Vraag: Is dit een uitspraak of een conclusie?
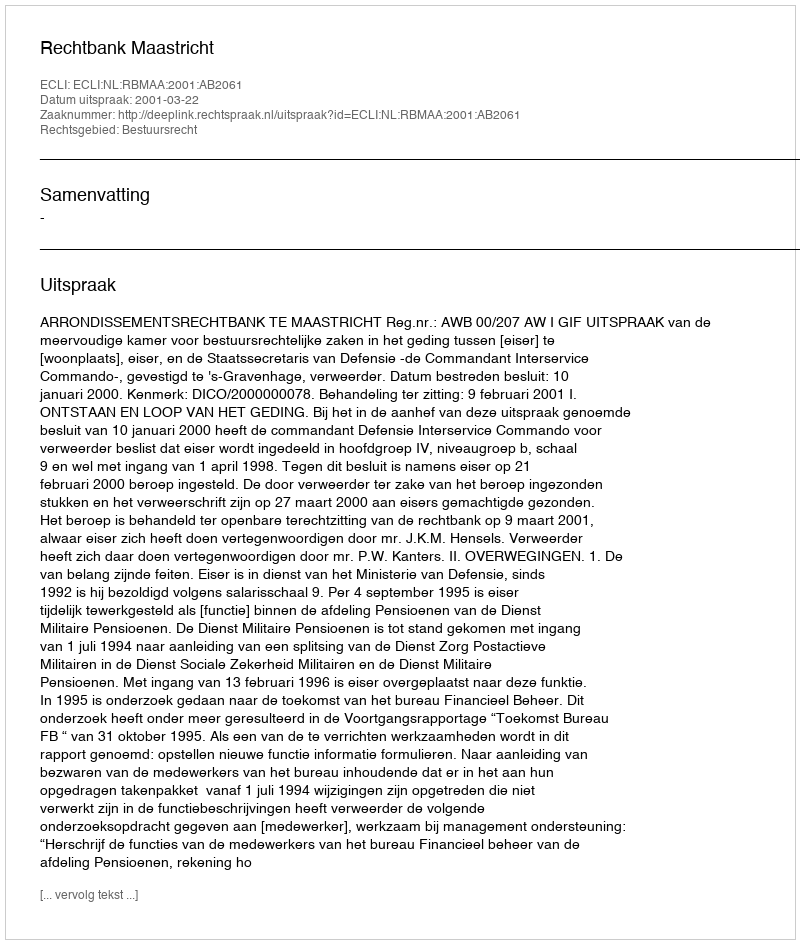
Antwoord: Uitspraak